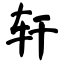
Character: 轩